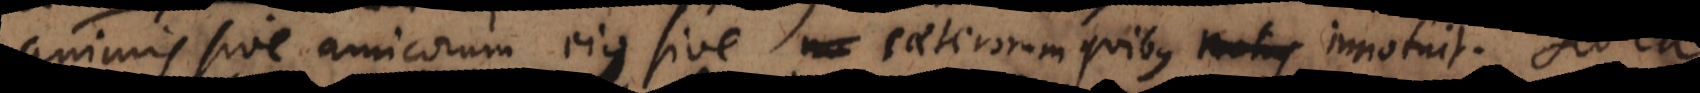
animis sive amicorum ejus sive caeterorum quibus innotuit. Se